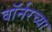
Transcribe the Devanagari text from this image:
वॉर्नरच्या